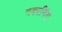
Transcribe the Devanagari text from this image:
गवरनिंग